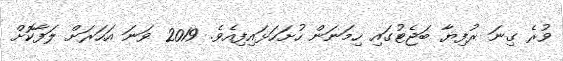
ވުރެ ގިނަ ރުފިޔާ ބަޖެޓުގައި ހިމަނަން ހުށަހަޅައިފިއެވެ. 2019 ވަނަ އަހަރަށް ލަފާކޮށް